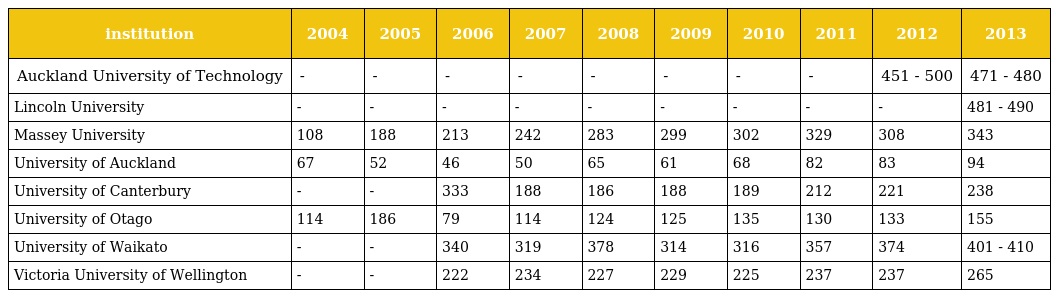
| institution | 2004 | 2005 | 2006 | 2007 | 2008 | 2009 | 2010 | 2011 | 2012 | 2013 |
 | --- | --- | --- | --- | --- | --- | --- | --- | --- | --- | --- |
 | Auckland University of Technology | - | - | - | - | - | - | - | - | 451 - 500 | 471 - 480 |
 | Lincoln University | - | - | - | - | - | - | - | - | - | 481 - 490 |
 | Massey University | 108 | 188 | 213 | 242 | 283 | 299 | 302 | 329 | 308 | 343 |
 | University of Auckland | 67 | 52 | 46 | 50 | 65 | 61 | 68 | 82 | 83 | 94 |
 | University of Canterbury | - | - | 333 | 188 | 186 | 188 | 189 | 212 | 221 | 238 |
 | University of Otago | 114 | 186 | 79 | 114 | 124 | 125 | 135 | 130 | 133 | 155 |
 | University of Waikato | - | - | 340 | 319 | 378 | 314 | 316 | 357 | 374 | 401 - 410 |
 | Victoria University of Wellington | - | - | 222 | 234 | 227 | 229 | 225 | 237 | 237 | 265 |